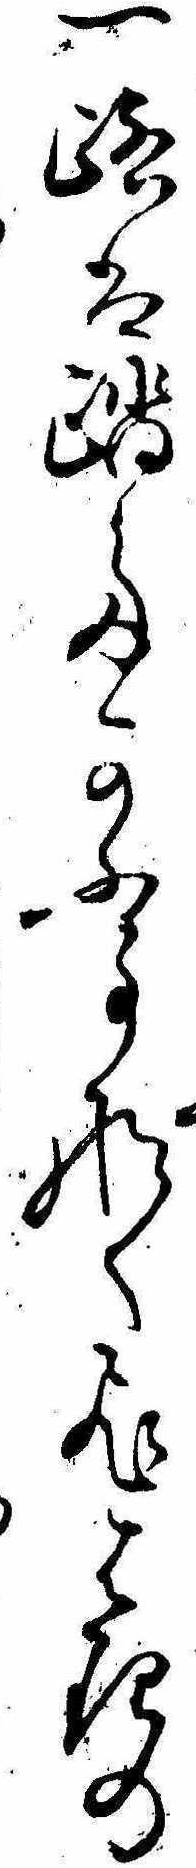
一路は踏たかふ事なくひはりの